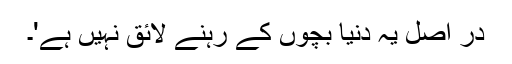
در اصل یہ دنیا بچوں کے رہنے لائق نہیں ہے'۔